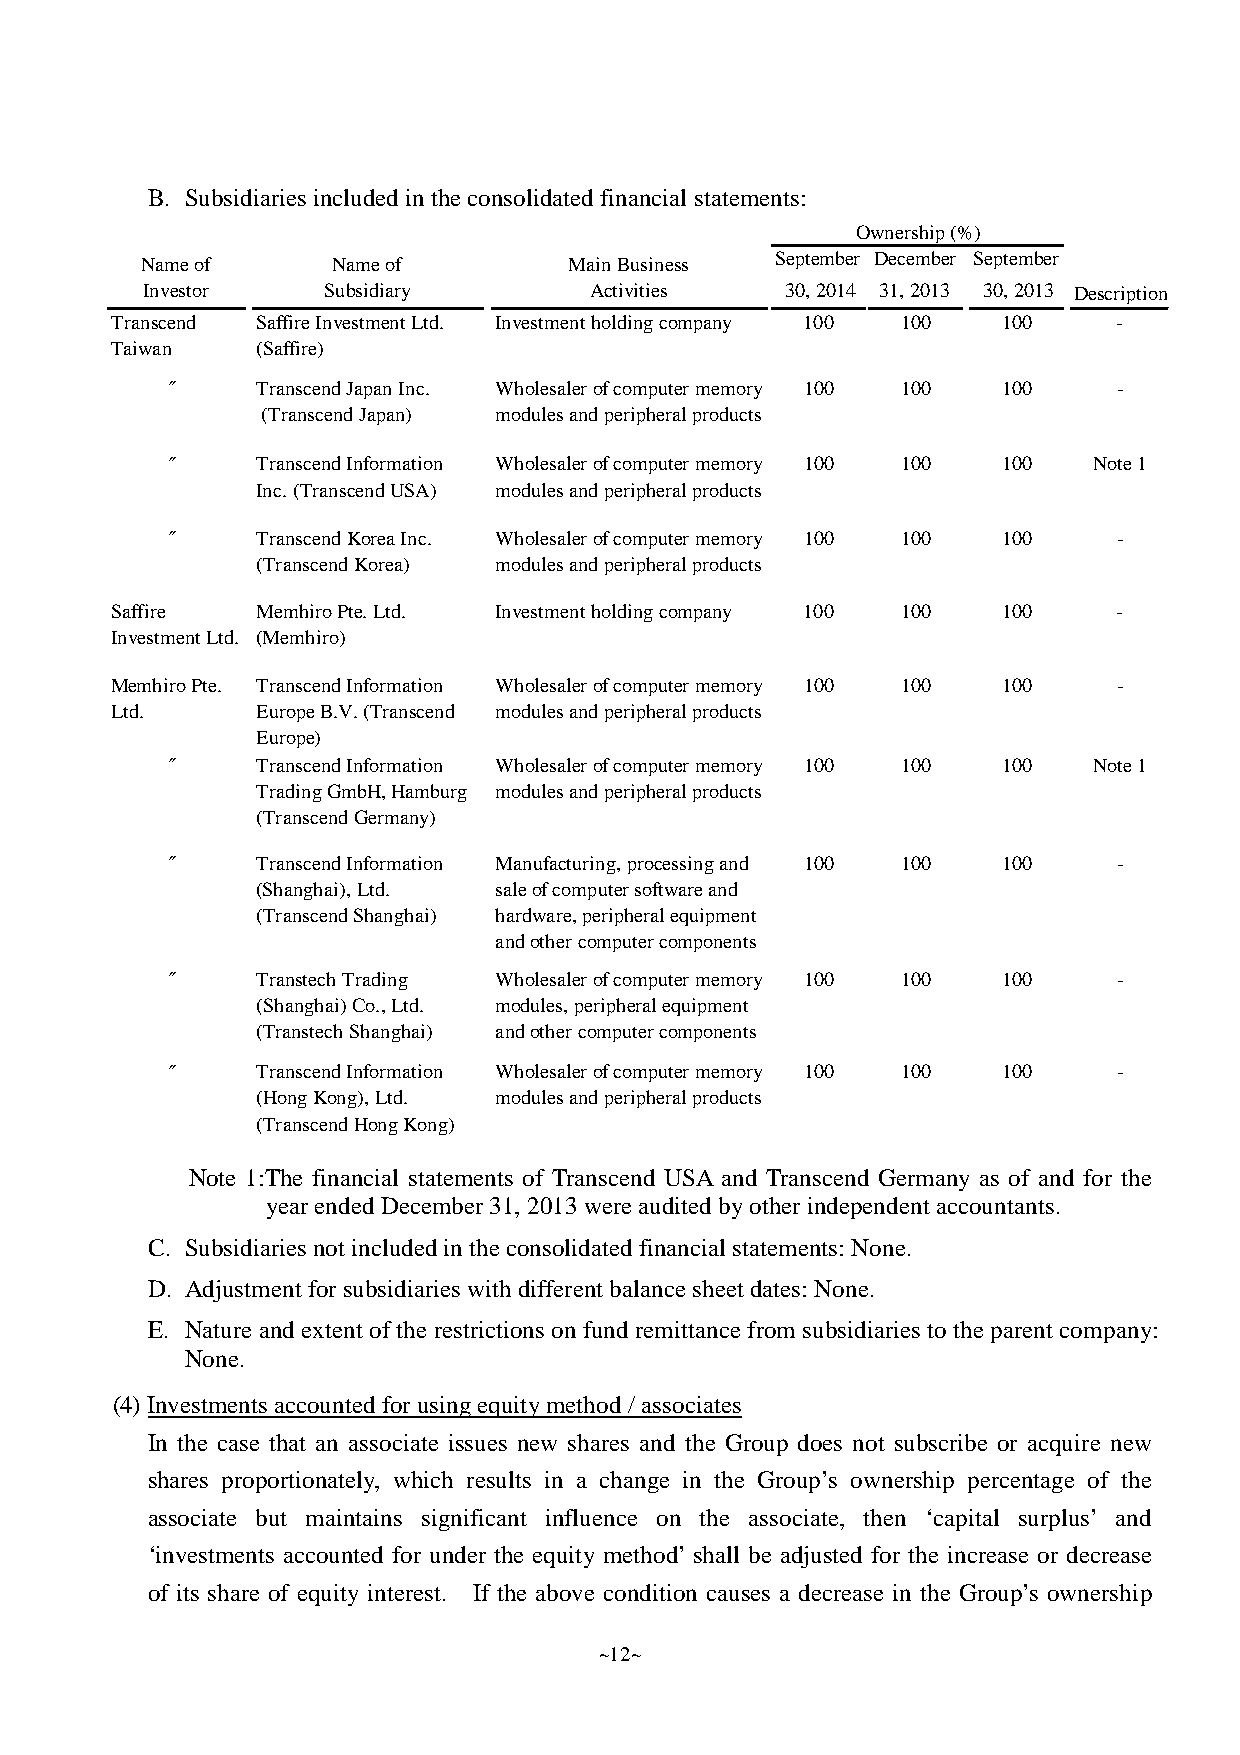
B. Subsidiaries includedintheconsolidatedfinancial statements:
 Ownership(%)
 Nameof       Nameof          MainBusiness September December September
 Investor    Subsidiary        Activities   30,2014 31,2013 30,2013 Description
 Transcend SaffireInvestmentLtd. Investmentholdingcompany 100 100 100 -
 Taiwan    (Saffire)
 〞     TranscendJapanInc. Wholesalerofcomputermemory 100 100 100 -
 (TranscendJapan) modulesandperipheralproducts
 〞     TranscendInformation Wholesalerofcomputermemory 100 100 100 Note1
 Inc.(TranscendUSA) modulesandperipheralproducts
 〞     TranscendKoreaInc. Wholesalerofcomputermemory 100 100 100 -
 (TranscendKorea) modulesandperipheralproducts
 Saffire   MemhiroPte.Ltd. Investmentholdingcompany 100 100 100     -
 InvestmentLtd. (Memhiro)
 MemhiroPte. TranscendInformation Wholesalerofcomputermemory 100 100 100 -
 Ltd.      EuropeB.V.(Transcend modulesandperipheralproducts
 Europe)
 〞     TranscendInformation Wholesalerofcomputermemory 100 100 100 Note1
 TradingGmbH,Hamburg modulesandperipheralproducts
 (TranscendGermany)
 〞     TranscendInformation Manufacturing,processingand 100 100 100 -
 (Shanghai),Ltd. saleofcomputersoftwareand
 (TranscendShanghai) hardware,peripheralequipment
 andothercomputercomponents
 〞     TranstechTrading Wholesalerofcomputermemory 100 100 100  -
 (Shanghai)Co.,Ltd. modules,peripheralequipment
 (TranstechShanghai) andothercomputercomponents
 〞     TranscendInformation Wholesalerofcomputermemory 100 100 100 -
 (HongKong),Ltd. modulesandperipheralproducts
 (TranscendHongKong)
 Note 1:The financial statements of Transcend USA and Transcend Germany as of and for the
 yearendedDecember31, 2013were auditedbyotherindependent accountants.
 C. Subsidiaries not includedintheconsolidatedfinancial statements: None.
 D. Adjustment forsubsidiaries withdifferent balance sheet dates: None.
 E. Nature and extent of the restrictions on fund remittance from subsidiaries to the parent company:
 None.
 (4)Investments accountedforusingequitymethod/ associates
 In the case that an associate issues new shares and the Group does not subscribe or acquire new
 shares proportionately, which results in a change in the Group’s ownership percentage of the
 associate but maintains significant influence on the associate, then ‘capital surplus’ and
 ‘investments accounted for under the equity method’shall be adjusted for the increase or decrease
 of its share of equity interest. If the above condition causes a decrease in the Group’s ownership
 ~12~